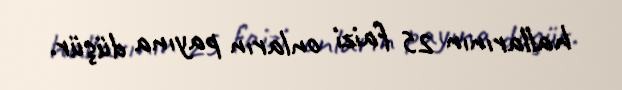
hallarının 25 faizi onların payına düşür.